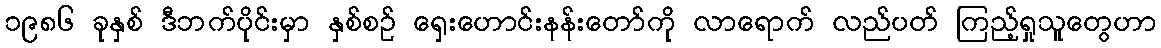
၁၉၈၆ ခုနှစ် ဒီဘက်ပိုင်းမှာ နှစ်စဉ် ရှေးဟောင်းနန်းတော်ကို လာရောက် လည်ပတ် ကြည့်ရှုသူတွေဟာ